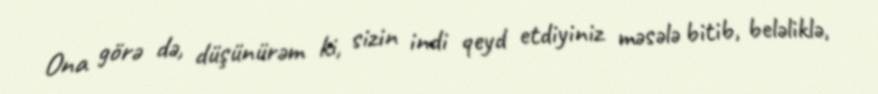
Ona görə də, düşünürəm ki, sizin indi qeyd etdiyiniz məsələ bitib, beləliklə,